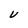
Character: V